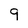
Character: 9